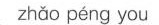
zhǎo péng you